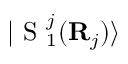
| \mathrm { ~ S ~ } _ { 1 } ^ { j } ( { \bf { R } } _ { j } ) \rangle